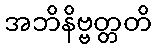
အဘိနိဗ္ဗတ္တတိ